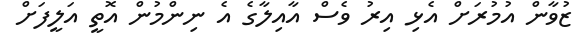
ޒުވާން އުމުރަށް އެޅި އިރު ވެސް އާއިލާގެ އެ ނިންމުން އޮތީ އަލީފަށް